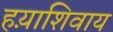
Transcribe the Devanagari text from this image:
हय़ाशिवाय